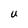
Character: U